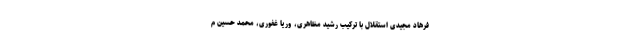
فرهاد مجیدی استقلال با ترکیب رشید مظاهری، وریا غفوری، محمد حسین م